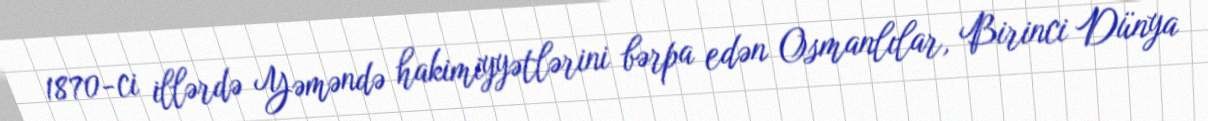
1870-ci illərdə Yəməndə hakimiyyətlərini bərpa edən Osmanlılar, Birinci Dünya